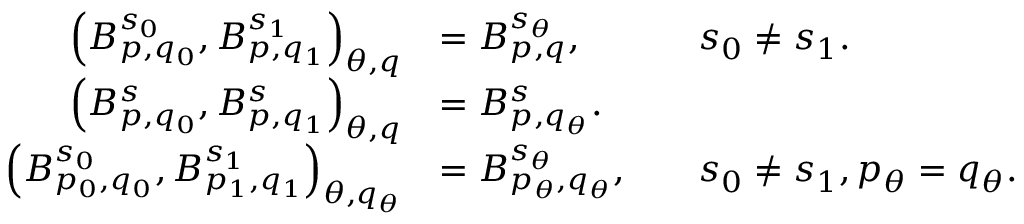
{ \begin{array} { r l r l } { \left( B _ { p , q _ { 0 } } ^ { s _ { 0 } } , B _ { p , q _ { 1 } } ^ { s _ { 1 } } \right) _ { \theta , q } } & { = B _ { p , q } ^ { s _ { \theta } } , } & & { s _ { 0 } \neq s _ { 1 } . } \\ { \left( B _ { p , q _ { 0 } } ^ { s } , B _ { p , q _ { 1 } } ^ { s } \right) _ { \theta , q } } & { = B _ { p , q _ { \theta } } ^ { s } . } \\ { \left( B _ { p _ { 0 } , q _ { 0 } } ^ { s _ { 0 } } , B _ { p _ { 1 } , q _ { 1 } } ^ { s _ { 1 } } \right) _ { \theta , q _ { \theta } } } & { = B _ { p _ { \theta } , q _ { \theta } } ^ { s _ { \theta } } , } & & { s _ { 0 } \neq s _ { 1 } , p _ { \theta } = q _ { \theta } . } \end{array} }